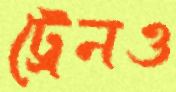
ট্রেনও